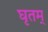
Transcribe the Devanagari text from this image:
घृतम्